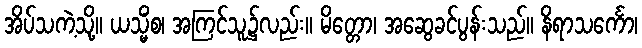
အိပ်သကဲ့သို့။ ယသ္မိံစ၊ အကြင်သူ၌လည်း။ မိတ္တော၊ အဆွေခင်ပွန်းသည်။ နိရာသင်္ကော၊